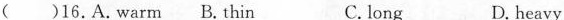
()16.A.Warm B.Thin C. long D. heavy